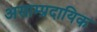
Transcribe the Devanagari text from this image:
असाम्प्रदायिक